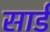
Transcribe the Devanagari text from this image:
सार्ड